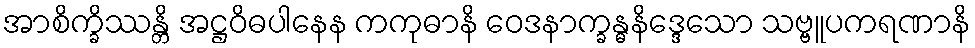
အာစိက္ခိဿန္တိ အဋ္ဌဝိဓပါနေန ကကုဓာနိ ဝေဒနာက္ခန္ဓနိဒ္ဒေသော သဗ္ဗူပကရဏာနိ